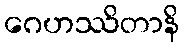
ဂေဟဿိတာနိ